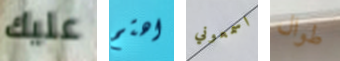
عليك اهتم اسمعوني طوال